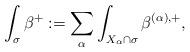
LaTeX: \begin{align*}\int_\sigma \beta^+ := \sum_\alpha \int_{X_\alpha \cap \sigma} \beta^{(\alpha),+},\end{align*}